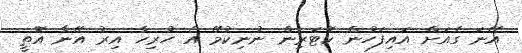
އޭނަ ގެއަށް އައިފަހުން ކޮޓަރިން ނުނިކުމޭ އެ ހުރިހާ އިރު އޭނާ އޮތީ